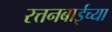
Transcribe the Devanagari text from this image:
रत्तनबाईच्या